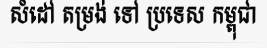
សំដៅ តម្រង់ ទៅ ប្រទេស កម្ពុជា